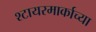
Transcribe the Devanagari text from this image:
श्टायरमार्काच्या